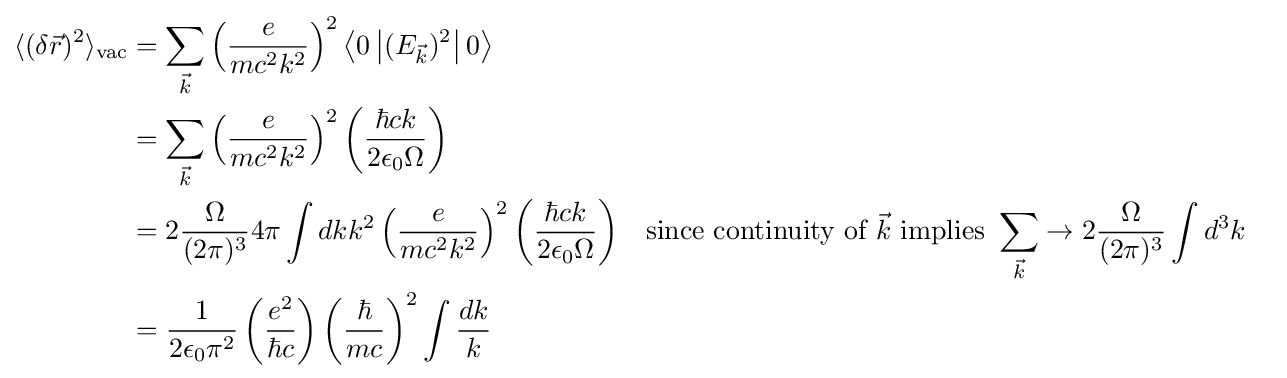
{\begin{aligned}\langle (\delta {\vec {r}})^{2}\rangle _{\rm {vac}}&=\sum _{\vec {k}}\left({\frac {e}{mc^{2}k^{2}}}\right)^{2}\left\langle 0\left|(E_{\vec {k}})^{2}\right|0\right\rangle \\&=\sum _{\vec {k}}\left({\frac {e}{mc^{2}k^{2}}}\right)^{2}\left({\frac {\hbar ck}{2\epsilon _{0}\Omega }}\right)\\&=2{\frac {\Omega }{(2\pi )^{3}}}4\pi \int dkk^{2}\left({\frac {e}{mc^{2}k^{2}}}\right)^{2}\left({\frac {\hbar ck}{2\epsilon _{0}\Omega }}\right)&&{\text{since continuity of }}{\vec {k}}{\text{ implies }}\sum _{\vec {k}}\to 2{\frac {\Omega }{(2\pi )^{3}}}\int d^{3}k\\&={\frac {1}{2\epsilon _{0}\pi ^{2}}}\left({\frac {e^{2}}{\hbar c}}\right)\left({\frac {\hbar }{mc}}\right)^{2}\int {\frac {dk}{k}}\end{aligned}}